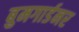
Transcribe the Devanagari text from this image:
बुमगार्डनर